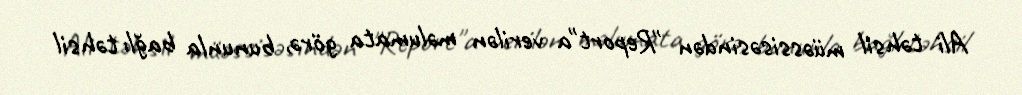
Ali təhsil müəssisəsindən "Report"a verilən məlumata görə, bununla bağlı təhsil